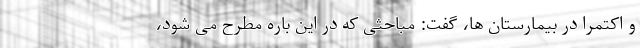
و اکتمرا در بیمارستان ها، گفت: مباحثی که در این باره مطرح می شود،